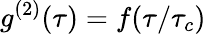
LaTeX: g^{(2)}(\tau)=f(\tau/\tau_{c})